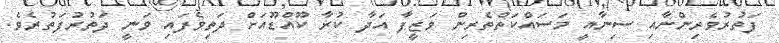
ފަތުރުވެރިންނާއި ސިނާއީ މަސައްކަތްތެރިން ވަޒީފާ އަދާ ކުރާ ކޫއްޑޫއަށް ދަތިވެފައި ވަނީ ދަތުރުފަތުރެވެ.